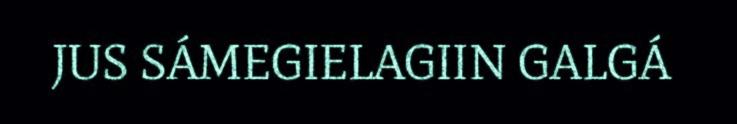
JUS SÁMEGIELAGIIN GALGÁ